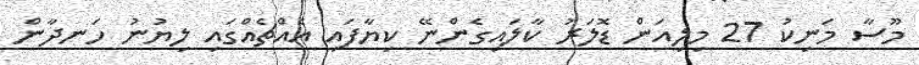
މޫސާ މަނިކު 27 މިލިއަން ޑޮލަރު ކާލައިގެންނޭ ކިޔާފައި އެއްޗެއްގައި ލިޔުނު ހަނދާން